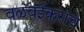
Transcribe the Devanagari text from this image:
वळवईकरांचे